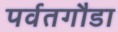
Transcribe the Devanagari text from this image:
पर्वतगौडा